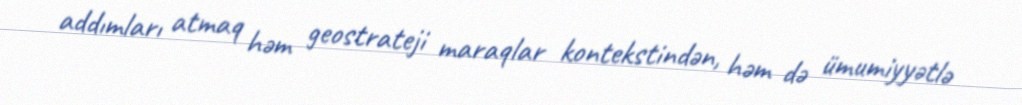
addımları atmaq həm geostrateji maraqlar kontekstindən, həm də ümumiyyətlə